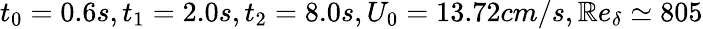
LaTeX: t_{0}=0.6s,t_{1}=2.0s,t_{2}=8.0s,U_{0}=13.72cm/s,\mathbb{R}e_{\delta}\simeq805